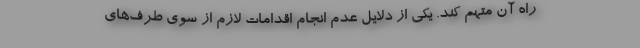
راه آن متهم کند. یکی از دلایل عدم انجام اقدامات لازم از سوی طرف‌های